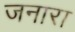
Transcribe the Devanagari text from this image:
जनारा